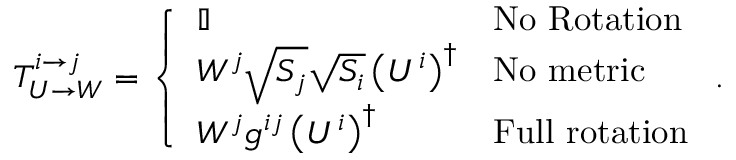
T _ { U \rightarrow W } ^ { i \rightarrow j } = \left\{ \begin{array} { l l } { \mathbb { I } } & { \mathrm { N o \ R o t a t i o n } } \\ { W ^ { j } \sqrt { S _ { j } } \sqrt { S _ { i } } \left( U ^ { i } \right) ^ { \dagger } } & { \mathrm { N o \ m e t r i c } } \\ { W ^ { j } g ^ { i j } \left( U ^ { i } \right) ^ { \dagger } } & { \mathrm { F u l l \ r o t a t i o n } } \end{array} \right. .